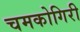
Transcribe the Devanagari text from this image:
चमकोगिरी